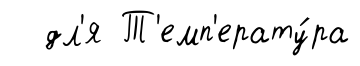
дл'я Т'емп'ерату́ра